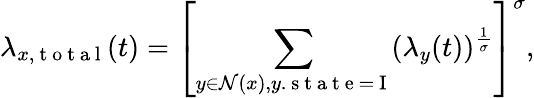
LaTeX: \lambda_{x,\mathrm{~t~o~t~a~l~}}(t)=\left[\sum_{y\in\mathcal{N}(x),y.\mathrm{~s~t~a~t~e~=~I~}}(\lambda_{y}(t))^{\frac{1}{\sigma}}\right]^{\sigma},